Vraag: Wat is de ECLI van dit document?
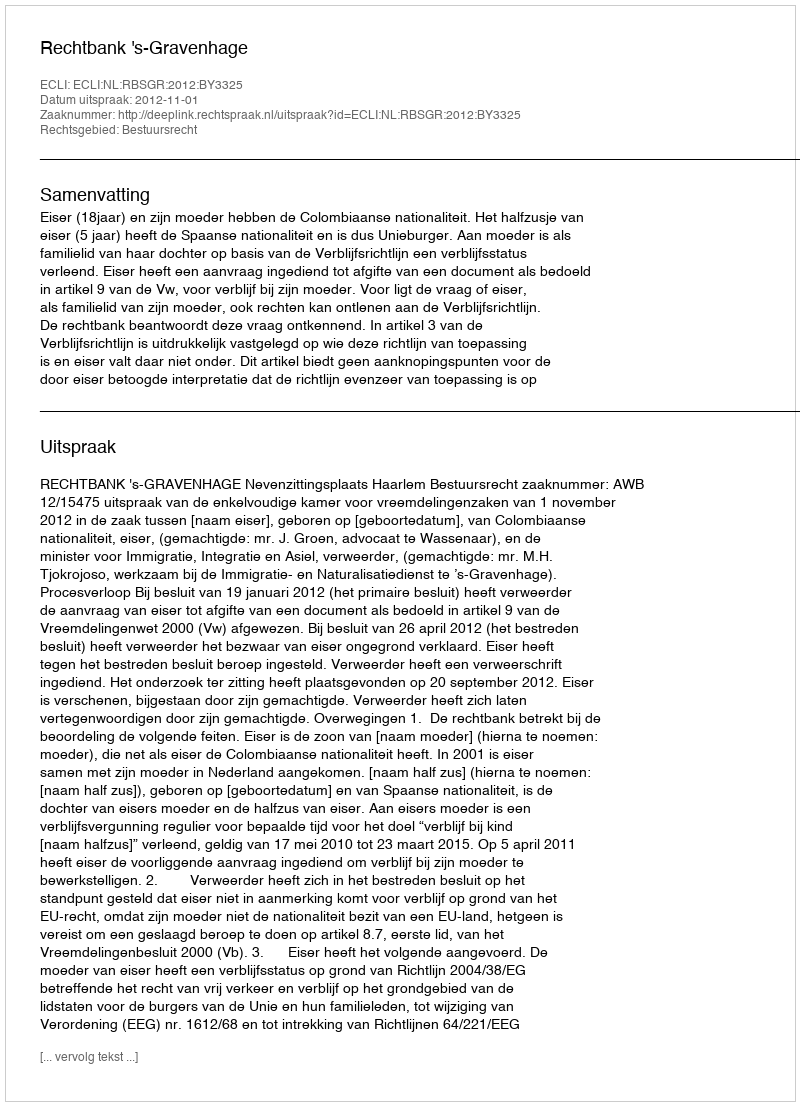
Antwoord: ECLI:NL:RBSGR:2012:BY3325